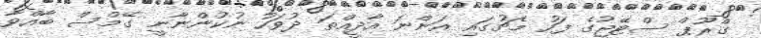
ގްރޫޕް ސްޓޭޖުގެ ފަހު މެޗުގައި އަންނަ އާދީއްތަ ދުވަހު ނުކުންނާނީ ގޭމްސް ބާއްވާ